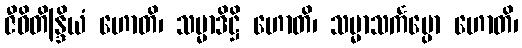
ဇီဝိတိန္ဒြိယံ ဟောတိ၊ သမ္မာဒိဋ္ဌိ ဟောတိ၊ သမ္မာသင်္ကပ္ပော ဟောတိ၊